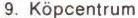
9. Köpcentrum